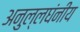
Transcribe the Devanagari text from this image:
अनुल्लघंनीय